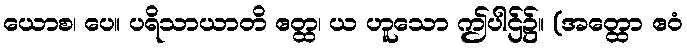
ယောစ၊ ပေ။ ပရိသာယာတိ ဧတ္ထ၊ ယ ဟူသော ဤပါဌ်၌။ (အတ္ထော ဧဝံ